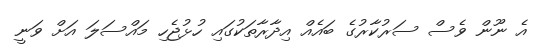
އެ ނޫން ވެސް ސަރުކާރުގެ ބައެއް އިދާރާތަކުގައި ހުޅުޖެހި މައްސަލަ އަށް ވަނީ